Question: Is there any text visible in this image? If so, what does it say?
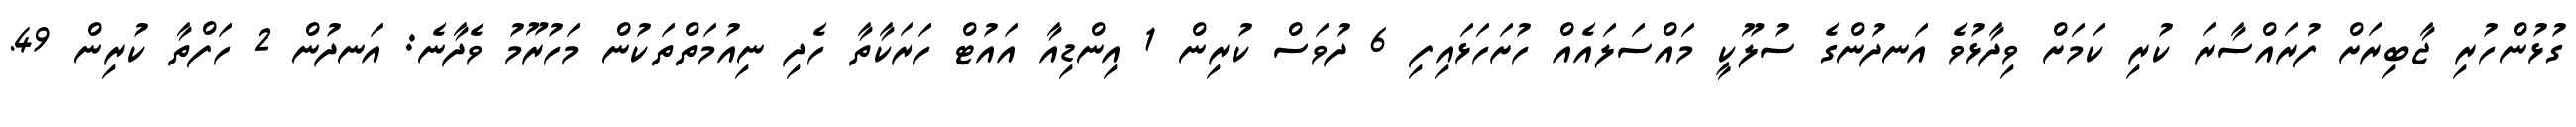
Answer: ގުޅުންހުރި ޖާބިރަށް ފުރައްސާރަ ކުރި ކަމަށް ވިދާޅުވެ އަނދުންގެ ސުލޫކީ މައްސަލައެއް ހުށަހަޅައިފި 6 ދުވަސް ކުރިން 1 އިންޑިއާ އައުޓް ހަރަކާތާ ހެދި ނިއުމަތްތަކުން މަހުރޫމު ވެދާނެ: އަނދުން 2 ހަފްތާ ކުރިން 49.